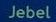
jebel